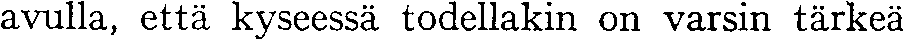
avulla, että kyseessä todellakin on varsin tärkeä